Report of the Indian Hemp Drugs Commission, 1894-1895 - Volume V
Year: 1894
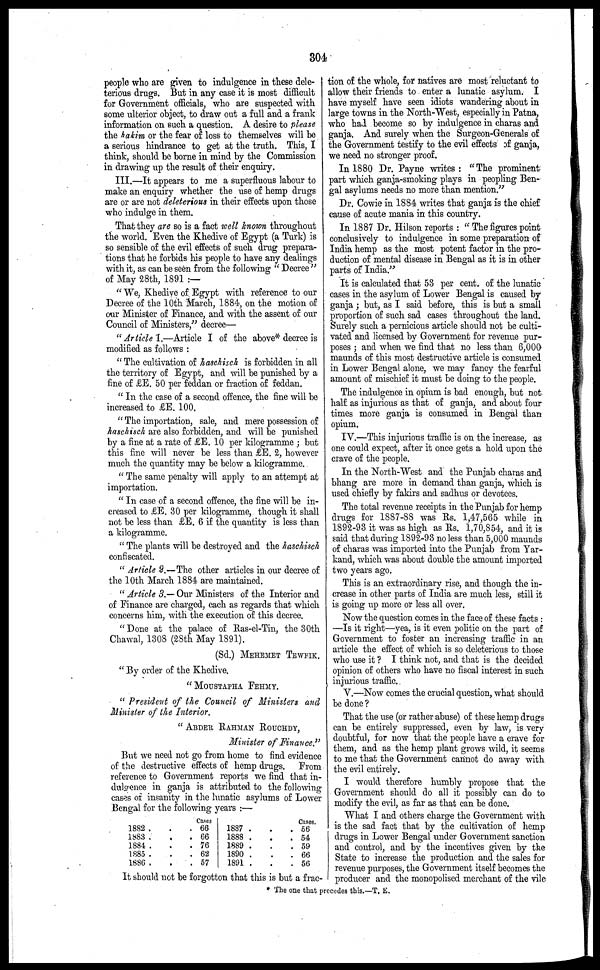
304
people who are given to indulgence in these dele-
terious drugs. But in any case it is most difficult
for Government officials, who are suspected with
some ulterior object, to draw out a full and a frank
information on such a question. A desire to please
the hakim or the fear of loss to themselves will bo
a serious hindrance to get at the truth. This, I
think, should be borne in mind by the Commission
in drawing up the result of their enquiry.
III.—It appears to me a superfluous labour to
make an enquiry whether the use of hemp drugs
are or are not deleterious in their effects upon those
who indulge in them.
That they are so is a fact well known throughout
the world. Even the Khedive of Egypt (a Turk) is
so sensible of the evil effects of such drug prepara-
tions that he forbids his people to have any dealings
with it, as can be seen from the following " Decree "
of May 28th, 1891 :—
" We, Khedive of Egypt with reference to our
Decree of the 10th March, 1884, on the motion of
our Minister of Finance, and with the assent of our
Council of Ministers," decree—
"Article I.—Article I of the above* decree is
modified as follows:
"The cultivation of haschisch is forbidden in all
the territory of Egypt, and will be punished by a
fine of £E. 50 per feddan or fraction of feddan.
"In the case of a second offence, the fine will be
increased to £E. 100.
"The importation, sale, and mere possession of
haschisch are also forbidden, and will be punished
by a fine at a rate of £E. 10 per kilogramme; but
this fine will never be less than £E. 2, however
much the quantity may be below a kilogramme.
"The same penalty will apply to an attempt at
importation.
"In case of a second offence, the fine will be in-
creased to £E. 30 per kilogramme, though it shall
not be less than £E. 6 if the quantity is less than
a kilogramme.
"The plants will be destroyed and the haschisch
confiscated.
"Article 2.—The other articles in our decree of
the 10th March 1884 are maintained.
"Article 3.— Our Ministers of the Interior and
of Finance are charged, each as regards that which
concerns him, with the execution of this decree.
"Done at the palace of Ras-el-Tin, the 30th
Chawal, 1308 (28th May 1891).
(Sd.) MEHEMET TEWFIK.
"By order of the Khedive.
"MOUSTAPHA FEHMY.
"President of the Council of Ministers and
Minister of the Interior.
"ABDER RAHMAN ROUCHDY,
Minister of Finance."
But we need not go from home to find evidence
of the destructive effects of hemp drags. From
reference to Government reports we find that in-
dulgence in ganja is attributed to the following
cases or insanity in the lunatic asylums of Lower
Bengal for the following years:—
18S2 . . .
1883 . .
1884 . .
1885 . .
1886 . .
Cases
. 66
. 66
. 76
. 62
. 57
1887 . .
1888 . .
1889 . .
1890 . .
1891 . .
Cases.
. 56
. 54
. 59
. 66
. 56
It should not be forgotton that this is but a frac-
tion of the whole, for natives are most reluctant to
allow their friends to enter a lunatic asylum. I
have myself have seen idiots wandering about in
large towns in the North-West, especially in Patna,
who had become so by indulgence in charas and
ganja. And surely when the Surgeon-Generals of
the Government testify to the evil effects of ganja,
we need no stronger proof.
In 1880 Dr. Payne writes: "The prominent
part which ganja-smoking plays in peopling Ben-
gal asylums needs no more than mention."
Dr. Cowie in 1884 writes that ganja is the chief
cause of acute mania in this country.
In 1887 Dr. Hilson reports: "The figures point
conclusively to indulgence in some preparation of
India hemp as the most potent factor in the pro-
duction of mental disease in Bengal as it is in other
parts of India."
It is calculated that 53 per cent. of the lunatic
cases in the asylum of Lower Bengal is caused by
ganja; but, as I said before, this is but a small
proportion of such sad cases throughout the land.
Surely such a pernicious article should not be culti-
vated and licensed by Government for revenue pur-
poses; and when we find that no less than 6,000
maunds of this most destructive article is consumed
in Lower Bengal alone, we may fancy the fearful
amount of mischief it must be doing to the people.
The indulgence in opium is bad enough, but not
half as injurious as that of ganja, and about four
times more ganja is consumed in Bengal than
opium.
IV.—This injurious traffic is on the increase, as
one could expect, after it once gets a hold upon the
crave of the people.
In the North-West and the Punjab chains and
bhang are more in demand than ganja, which is
used chiefly by fakirs and sadhus or devotees.
The total revenue receipts in the Punjab for hemp
drugs for 1887-88 was Rs. 1,47,565 while in
1892-93 it was as high as Rs. 1,70,854, and it is
said that during 1892-93 no less than 5,000 maunds
of charas was imported into the Punjab from Yar-
kand, which was about double the amount imported
two years ago.
This is an extraordinary rise, and though the in-
crease in other parts of India are much less, still it
is going up more or less all over.
Now the question comes in the face of these facts:
—Is it right—yea, is it even politic on the part of
Government to foster an increasing traffic in an
article the effect of which is so deleterious to those
who use it? I think not, and that is the decided
opinion of others who have no fiscal interest in such
injurious traffic.
V.—Now comes the crucial question, what should
be done?
That the use (or rather abuse) of these hemp drugs
can be entirely suppressed, even by law, is very
doubtful, for now that the people have a crave for
them, and as the hemp plant grows wild, it seems
to me that the Government cannot do away with
the evil entirely.
I would therefore humbly propose that the
Government should do all it possibly can do to
modify the evil, as far as that can be done.
What I and others charge the Government with
is the sad fact that by the cultivation of hemp
drugs in Lower Bengal under Government sanction
and control, and by the incentives given by the
State to increase the production and the sales for
revenue purposes, the Government itself becomes the
producer and the monopolised merchant of the vile
* The one that precedes this.—T. E.